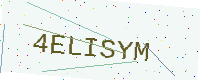
Text: 4ELISYM